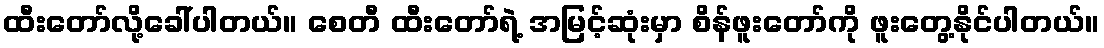
ထီးတော်လို့ခေါ်ပါတယ်။ စေတီ ထီးတော်ရဲ့ အမြင့်ဆုံးမှာ စိန်ဖူးတော်ကို ဖူးတွေ့နိုင်ပါတယ်။